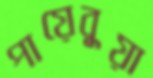
পায়েবুয়া